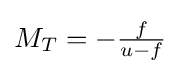
{\textstyle M_{T}=-{\frac {f}{u-f}}}